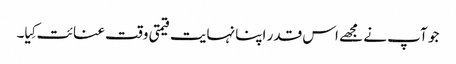
جو آپ نے مجھے اس قدر اپنا نہایت قیمتی وقت عنائت کِیا۔